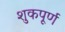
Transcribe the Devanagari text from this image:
शुकपूर्ण